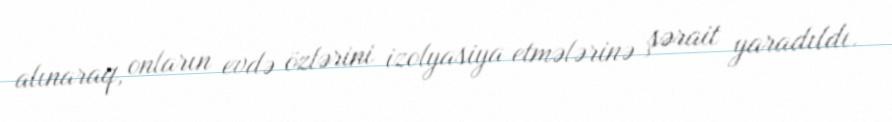
alınaraq, onların evdə özlərini izolyasiya etmələrinə şərait yaradıldı.